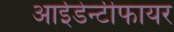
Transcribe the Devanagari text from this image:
आईडेन्टीफायर